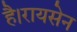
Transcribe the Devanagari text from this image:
है।रायसेन